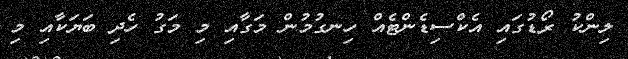
ލިންކު ރޯޑުގައި އެކްސިޑެންޓެއް ހިނގުމުން މަގާއި މި މަގު ހެދި ބަޔަކާއި މި